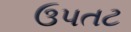
ઉપતટ